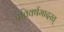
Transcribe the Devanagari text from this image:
प्रतिवर्षमादरत्